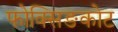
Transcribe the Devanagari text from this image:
फोक्सिङकोट